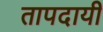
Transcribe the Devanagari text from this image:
तापदायी